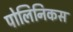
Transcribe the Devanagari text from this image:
पोलिनिकस